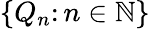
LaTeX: \{ Q_{n}\colon n\in\mathbb{N}\}